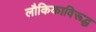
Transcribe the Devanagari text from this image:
लौकिकाविरूद्ध